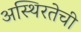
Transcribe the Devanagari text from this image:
अस्थिरतेची